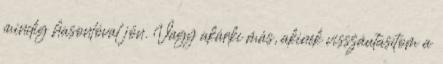
mindig hasonlóval jön. Vagy akárki más, akinek visszautasítom a